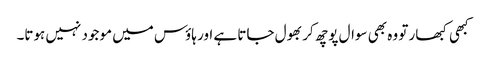
کبھی کبھار تو وہ بھی سوال پوچھ کر بھول جاتا ہے اور ہاؤس میں موجود نہیں ہوتا۔